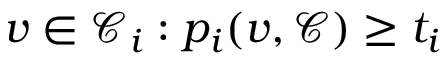
v \in \mathcal { C } _ { i } : p _ { i } ( v , \mathcal { C } ) \geq t _ { i }